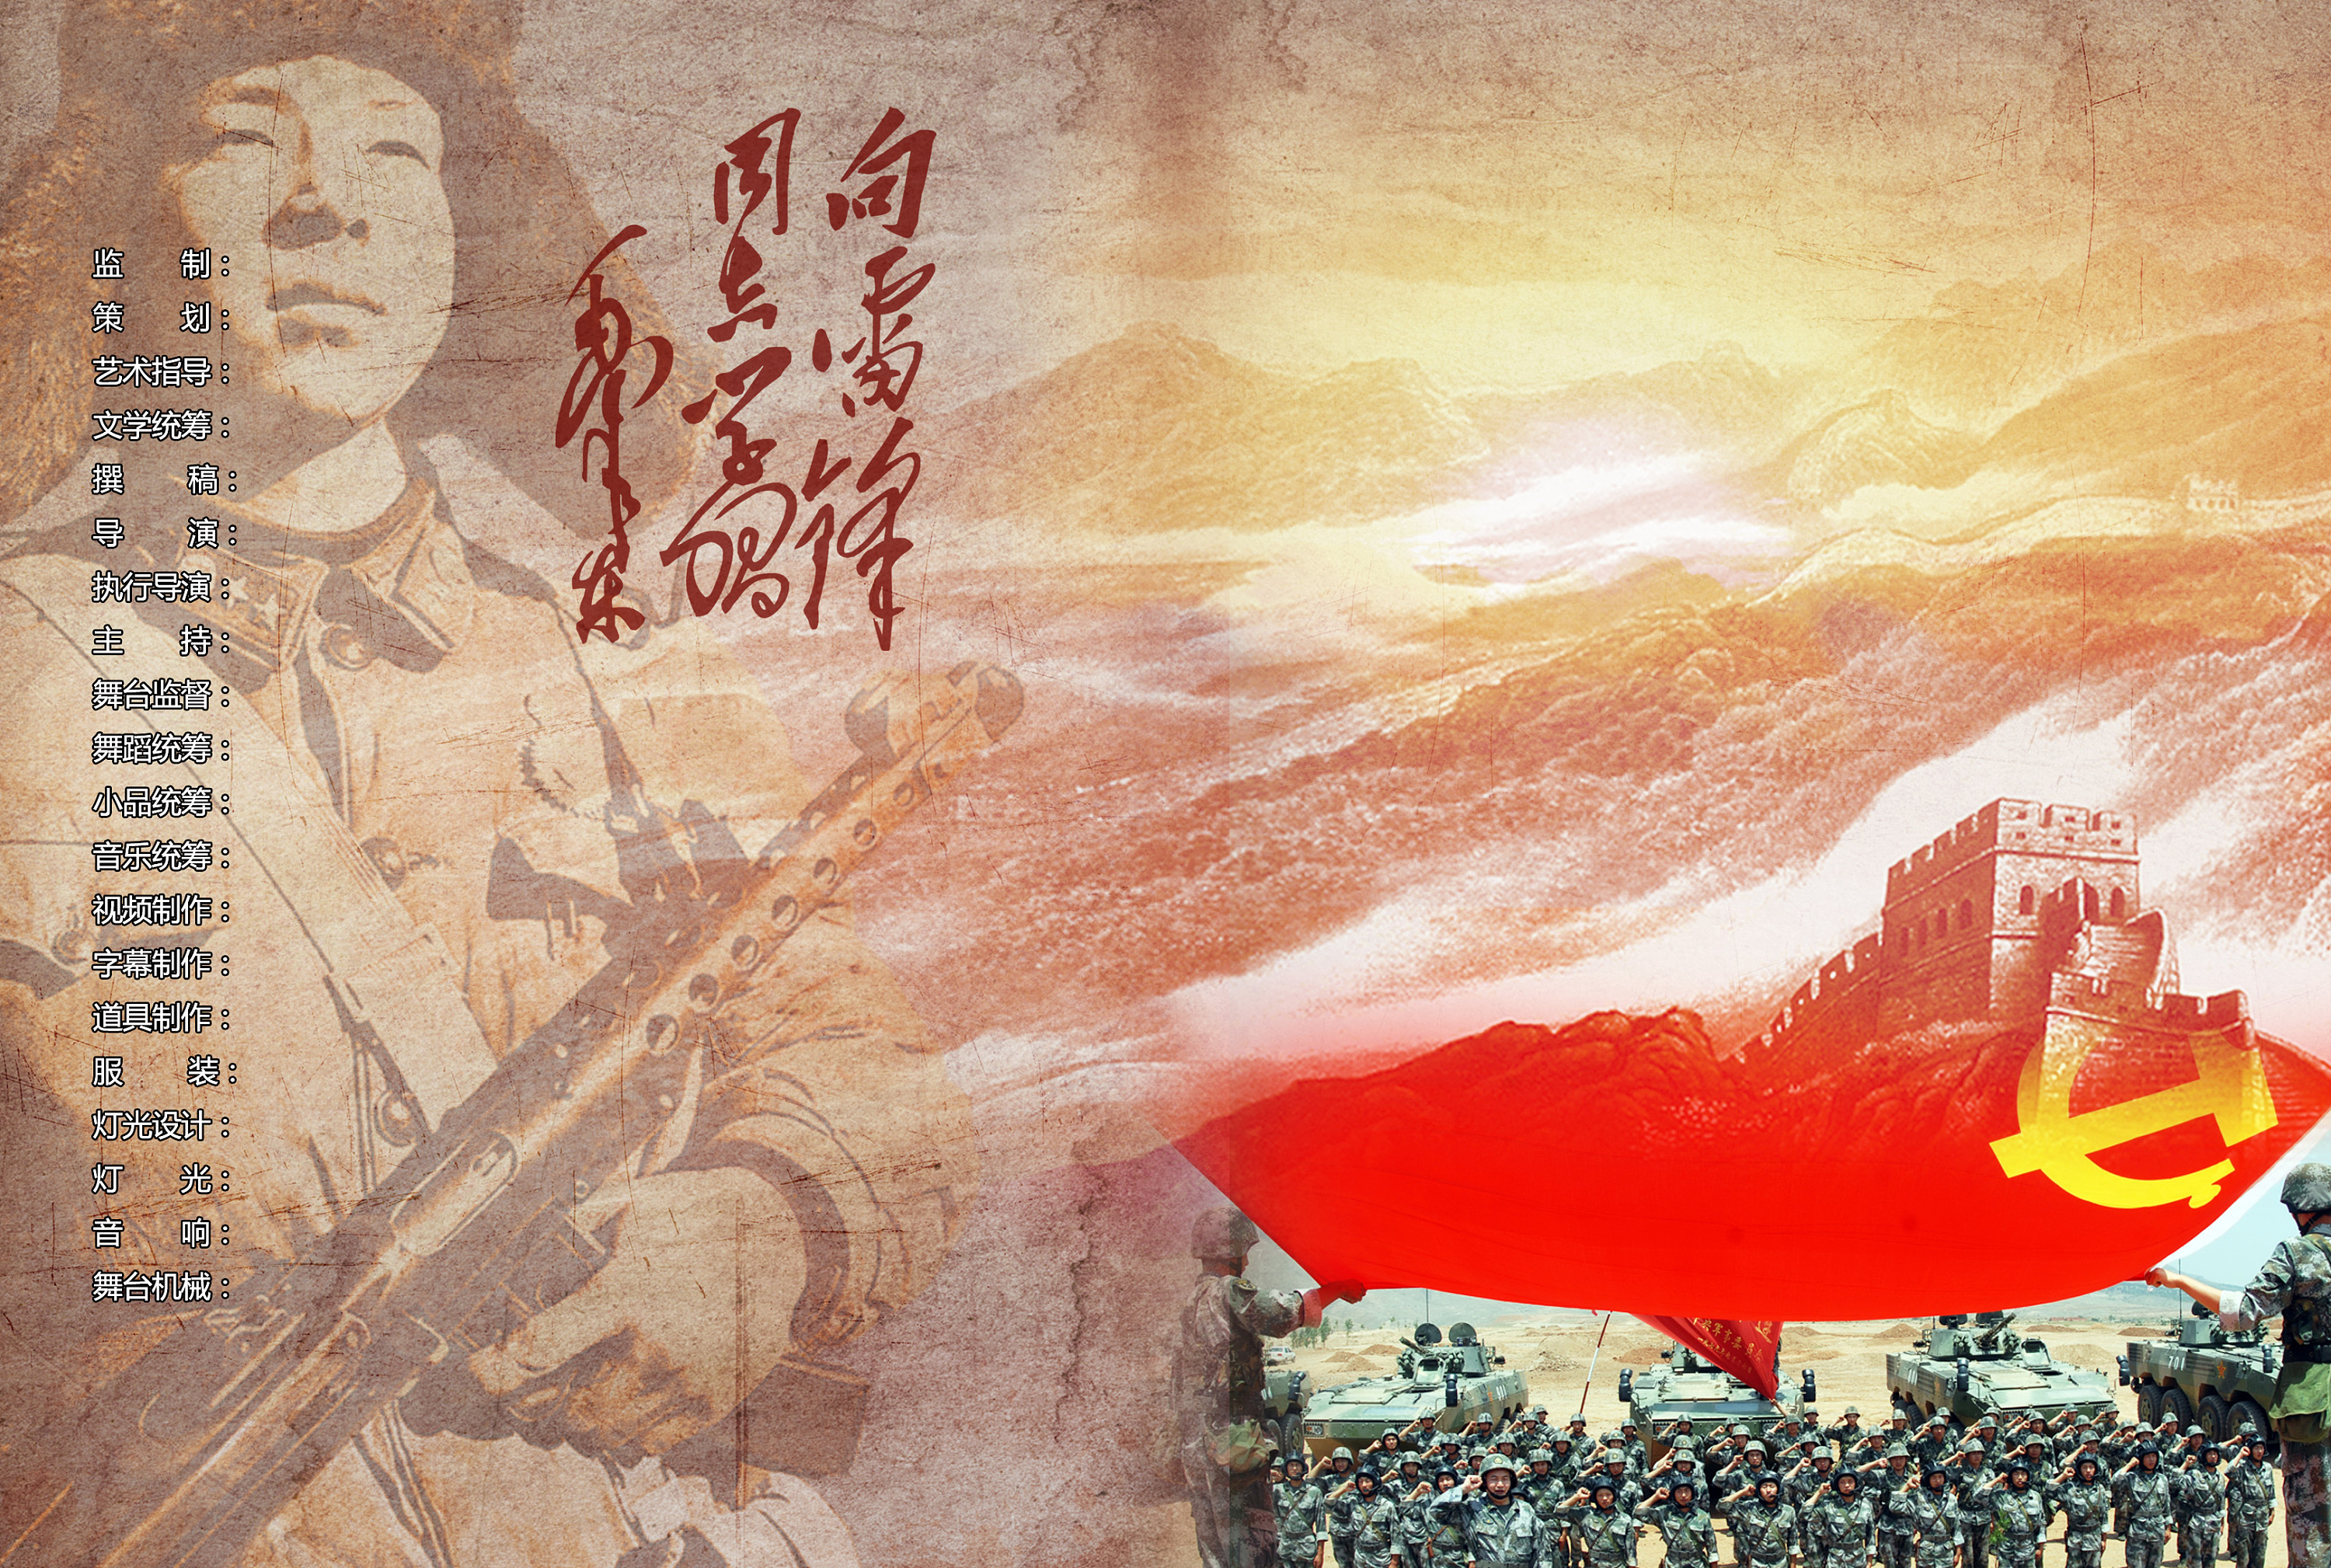
海上千烽火，沙中百战场。